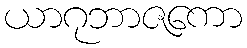
ယာဂုဘာဇကော